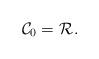
LaTeX: \begin{align*}\mathcal{C}_0 = \mathcal{R}_{}. \end{align*}